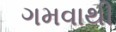
ગમવાથી